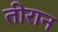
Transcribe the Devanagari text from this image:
तीरान